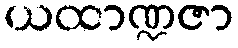
ယထာဏ္ဍဇာ